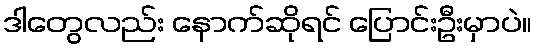
ဒါတွေလည်း နောက်ဆိုရင် ပြောင်းဦးမှာပဲ။